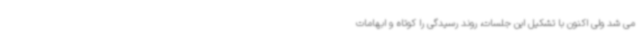
می شد ولی اکنون با تشکیل این جلسات، روند رسیدگی را کوتاه و ابهامات